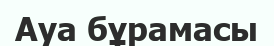
Ауа бұрамасы